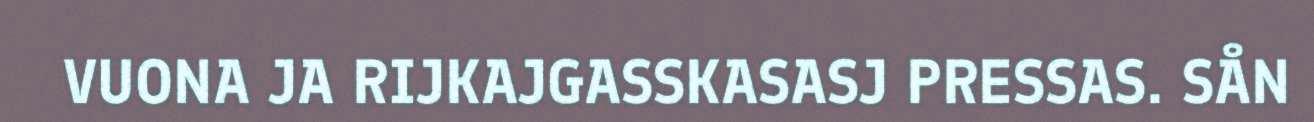
VUONA JA RIJKAJGASSKASASJ PRESSAS. SÅN